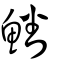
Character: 鱕